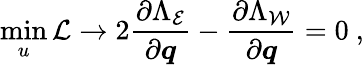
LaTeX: \operatorname*{min}_{u}\mathcal{L}\rightarrow 2\frac{\partial\Lambda_{\mathcal{E}}}{\partial\boldsymbol{q}}-\frac{\partial\Lambda_{\mathcal{W}}}{\partial\boldsymbol{q}}=0\ ,